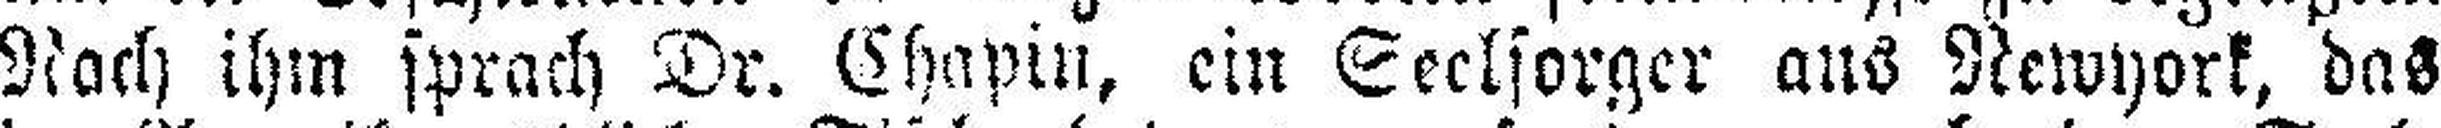
Nach ihm sprach Dr. Chapin, ein Seelsorger aus Newyork, das